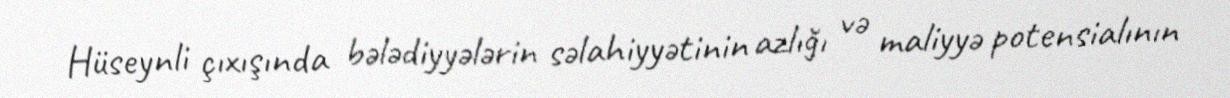
Hüseynli çıxışında bələdiyyələrin səlahiyyətinin azlığı və maliyyə potensialının